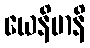
ယေနိမာနိ